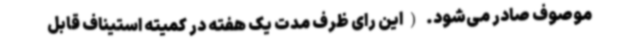
موصوف صادر می‌شود. (این رای ظرف مدت یک هفته در کمیته استیناف قابل